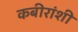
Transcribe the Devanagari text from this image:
कबीरांशी